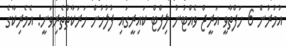
އުމުރުން 6 ހަފްތާވީ އަރީޖް ވެއްޓުނު ލިފްޓް ކައިރީގައި ފުލުހުން ހަރަކާތްތެރިވަނީ: އެމެރިކާގެ